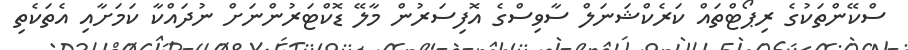
ސްކޭންތަކުގެ ރިޕޯޓްތައް ކަރެކްޝަނަލް ސާވިސްގެ އޮފިސަރުން މާލޭ ޑޮކްޓަރުންނަށް ނުދައްކާ ކަމަށާއި އެތަކެތި